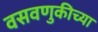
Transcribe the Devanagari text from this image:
वसवणुकीच्या